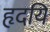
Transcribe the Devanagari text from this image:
हृदयिं